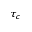
\tau _ { c }